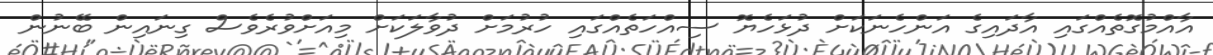
އާއްމުގޮތެއްގައި އާދައިގެ އަންހެނަކަށް ދުޅަހެޔޮ ސިއްހަތެއްގައި ހުރުމަށް ދުވާލަކަށް މިއަށްވުރެވެސް ގިނައިން ބޭނުން